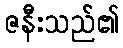
ဇနီးသည်၏